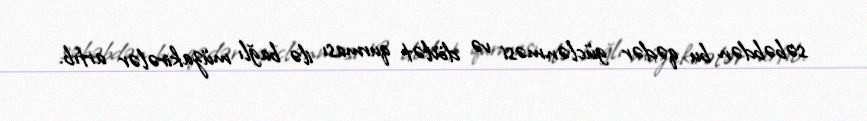
səbəbdən bu qədər güclənməsi və dövlət qurması ilə bağlı müzakirələr artıb.